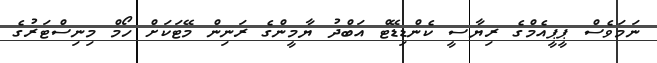
ނަމަވެސް ޕީޕީއެމްގެ ރިޔާސީ ކެންޑިޑޭޓް އަބްދު ޔާމީންގެ ރަނިން މޭޓަކަށް ހޯމް މިނިސްޓަރުގެ